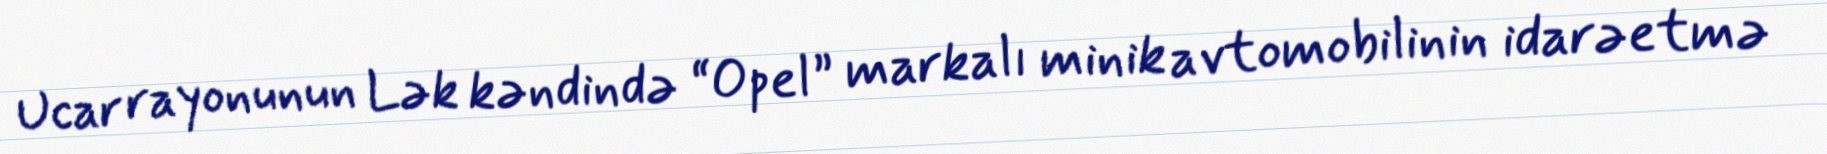
Ucar rayonunun Lək kəndində “Opel” markalı minik avtomobilinin idarəetmə